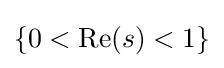
\{0<\mathrm {Re} (s)<1\}